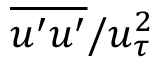
\overline { { u ^ { \prime } u ^ { \prime } } } / u _ { \tau } ^ { 2 }